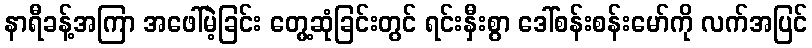
နာရီခန့်အကြာ အဖေါ်မဲ့ခြင်း တွေ့ဆုံခြင်းတွင် ရင်းနှီးစွာ ဒေါ်စန်းစန်းမော်ကို လက်အပြင်